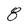
Character: 8